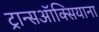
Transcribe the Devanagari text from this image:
ट्रान्सऑक्सियाना